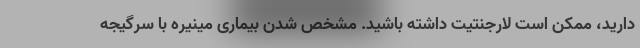
دارید، ممکن است لارجنتیت داشته باشید. مشخص شدن بیماری مینیره با سرگیجه